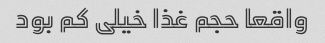
واقعا حجم غذا خیلی کم بود